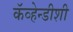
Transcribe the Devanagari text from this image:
कॅव्हेन्डीशी